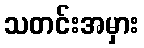
သတင်းအမှား